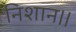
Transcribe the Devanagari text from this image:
निशान।।